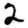
Digit: 2